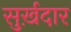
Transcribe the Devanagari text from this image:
सुर्ख़दार